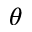
\theta